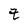
Character: Z